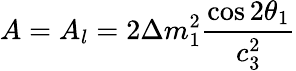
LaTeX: A=A_{l}=2\Delta m_{1}^{2}\frac{\cos 2\theta_{1}}{c_{3}^{2}}